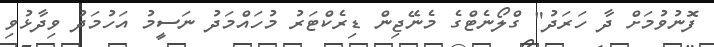
ފޮނުވުމަށް ދާ ހަރަދު" ގްލޯނެޓްގެ މެނޭޖިން ޑިރެކްޓަރު މުހައްމަދު ނަސީމު އަހުމަދު ވިދާޅުވި